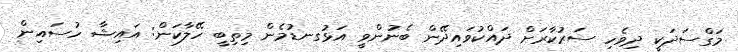
މަގްސަދަކީ ދިވެހި ސަރުކާރަށް ދައްކުވައިދޭން ބެނުންވީ އަޅުގނޑުމެން މިތިބީ ހޭލާކަން: އައިޝާ ހުސައިން